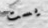
يست